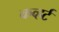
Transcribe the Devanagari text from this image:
कव्हर्ट